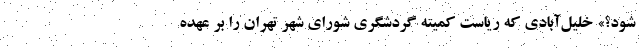
‌شود؟» خلیل‌آبادی که ریاست کمیته گردشگری شورای شهر تهران را بر عهده